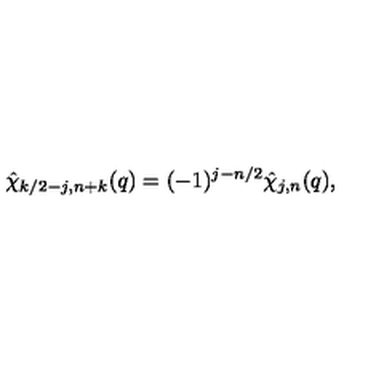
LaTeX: \hat { \chi } _ { k / 2 - j , n + k } ( q ) = ( - 1 ) ^ { j - n / 2 } \hat { \chi } _ { j , n } ( q ) ,